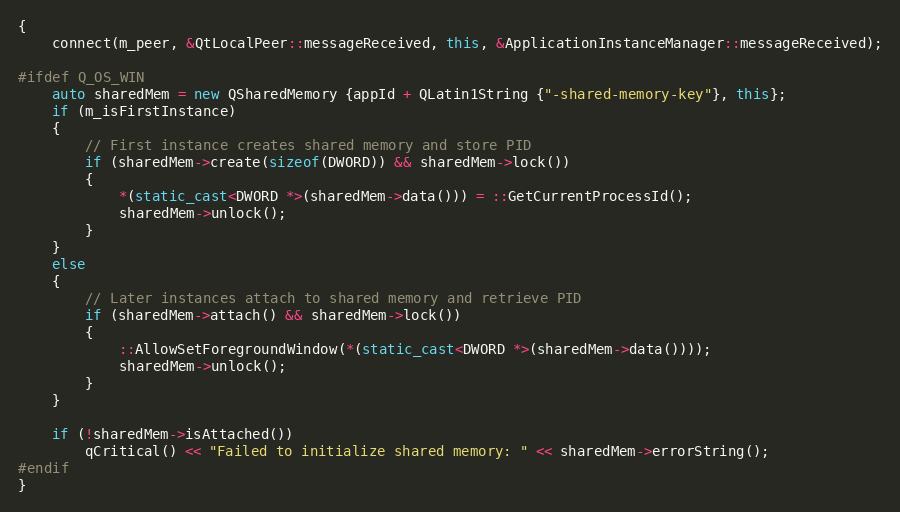
Language: C++
{
    connect(m_peer, &QtLocalPeer::messageReceived, this, &ApplicationInstanceManager::messageReceived);

#ifdef Q_OS_WIN
    auto sharedMem = new QSharedMemory {appId + QLatin1String {"-shared-memory-key"}, this};
    if (m_isFirstInstance)
    {
        // First instance creates shared memory and store PID
        if (sharedMem->create(sizeof(DWORD)) && sharedMem->lock())
        {
            *(static_cast<DWORD *>(sharedMem->data())) = ::GetCurrentProcessId();
            sharedMem->unlock();
        }
    }
    else
    {
        // Later instances attach to shared memory and retrieve PID
        if (sharedMem->attach() && sharedMem->lock())
        {
            ::AllowSetForegroundWindow(*(static_cast<DWORD *>(sharedMem->data())));
            sharedMem->unlock();
        }
    }

    if (!sharedMem->isAttached())
        qCritical() << "Failed to initialize shared memory: " << sharedMem->errorString();
#endif
}